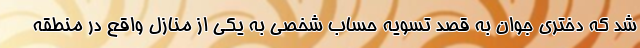
شد که دختری جوان به قصد تسویه حساب شخصی به یکی از منازل واقع در منطقه